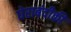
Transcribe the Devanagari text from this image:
घेराबंदीकी